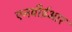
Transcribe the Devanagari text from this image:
एनबीईआर